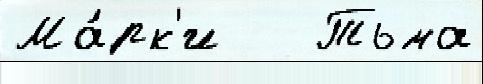
Ма́рк'и   Тьма